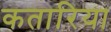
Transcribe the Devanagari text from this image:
कतारिया